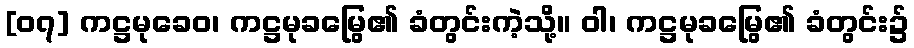
[၀၇] ကဋ္ဌမုခေဝ၊ ကဋ္ဌမုခမြွေ၏ ခံတွင်းကဲ့သို့။ ဝါ၊ ကဋ္ဌမုခမြွေ၏ ခံတွင်း၌